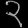
Digit: ၃